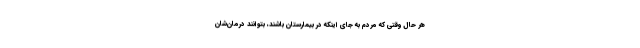
هر حال وقتی که مردم به جای اینکه در بیمارستان باشند، بتوانند درمان‌شان